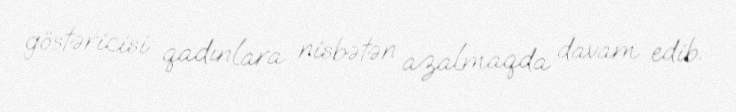
göstəricisi qadınlara nisbətən azalmaqda davam edib.